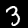
Digit: 3